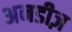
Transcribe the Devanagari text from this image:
अनडीज़